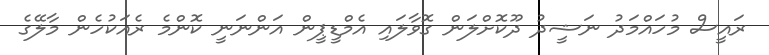
ރައީސް މުހައްމަދު ނަޝީދު ދޫކޮށްލަން ގޮވާލައި އެމްޑީޕީން އަންނަނީ ކޮންމެ ރެއަކުހެން މާލޭގެ